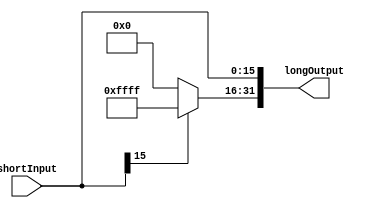
`ifndef MODULE_SIGN_EXT
`define MODULE_SIGN_EXT
`timescale 1ns / 1ps
//////////////////////////////////////////////////////////////////////////////////
// Company: 
// Engineer: 
// 
// Design Name: 
// Module Name: sign_extension
// Project Name: 
// Target Devices: 
// Tool Versions: 
// Description: 
// 
// Dependencies: 
// 
// Revision:
// Revision 0.01 - File Created
// Additional Comments:
// 
//////////////////////////////////////////////////////////////////////////////////


module sign_extension(
    shortInput, longOutput
    );
    input [15:0] shortInput;
    output [31:0] longOutput;
    // reg [31:0] longOutput;
    assign longOutput[15:0] = shortInput[15:0];
    assign longOutput[31:16] = shortInput[15]?16'b1111_1111_1111_1111:16'b0;
endmodule
`endif